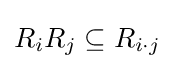
R_{i}R_{j}\subseteq R_{i\cdot j}